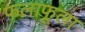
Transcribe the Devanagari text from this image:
फलाफूला